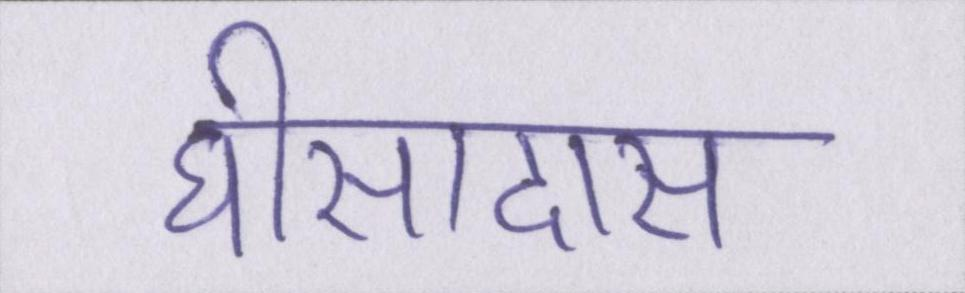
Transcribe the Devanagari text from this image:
घीसादास